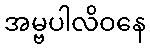
အမ္ဗပါလိဝနေ